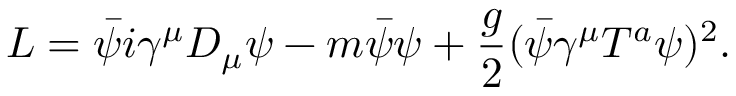
L = \bar { \psi } i \gamma ^ { \mu } D _ { \mu } \psi - m \bar { \psi } \psi + { \frac { g } { 2 } } ( \bar { \psi } \gamma ^ { \mu } T ^ { a } \psi ) ^ { 2 } .